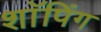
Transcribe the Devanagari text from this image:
शाॅपिंग